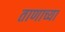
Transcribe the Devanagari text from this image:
ताणाच्या